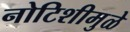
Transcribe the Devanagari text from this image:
नोटिशीमुळे